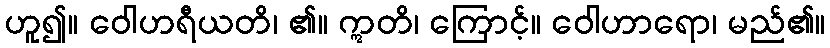
ဟူ၍။ ဝေါဟရီယတိ၊ ၏။ ဣတိ၊ ကြောင့်။ ဝေါဟာရော၊ မည်၏။